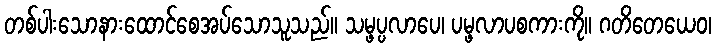
တစ်ပါးသောနားထောင်စေအပ်သောသူသည်။ သမ္ဖပ္ပလာပေ၊ ပမ္ဖလာပစကားကို။ ဂတိတေယေဝ၊